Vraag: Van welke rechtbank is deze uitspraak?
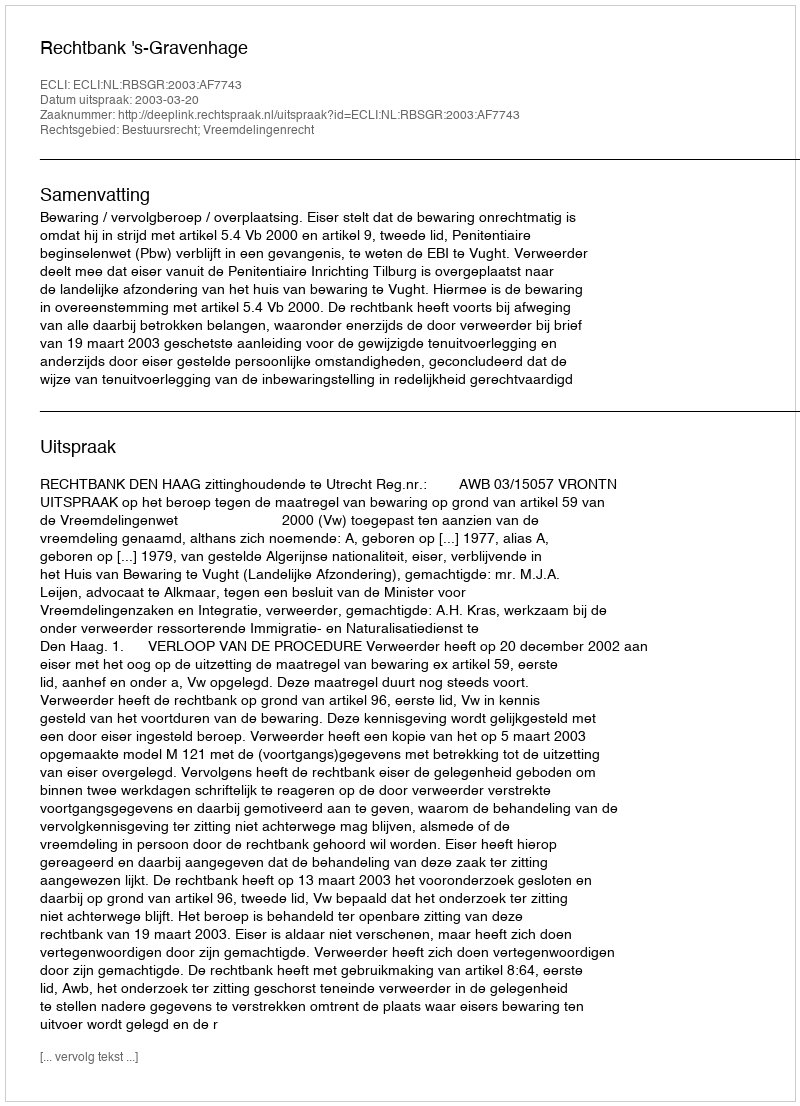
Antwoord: Rechtbank 's-Gravenhage